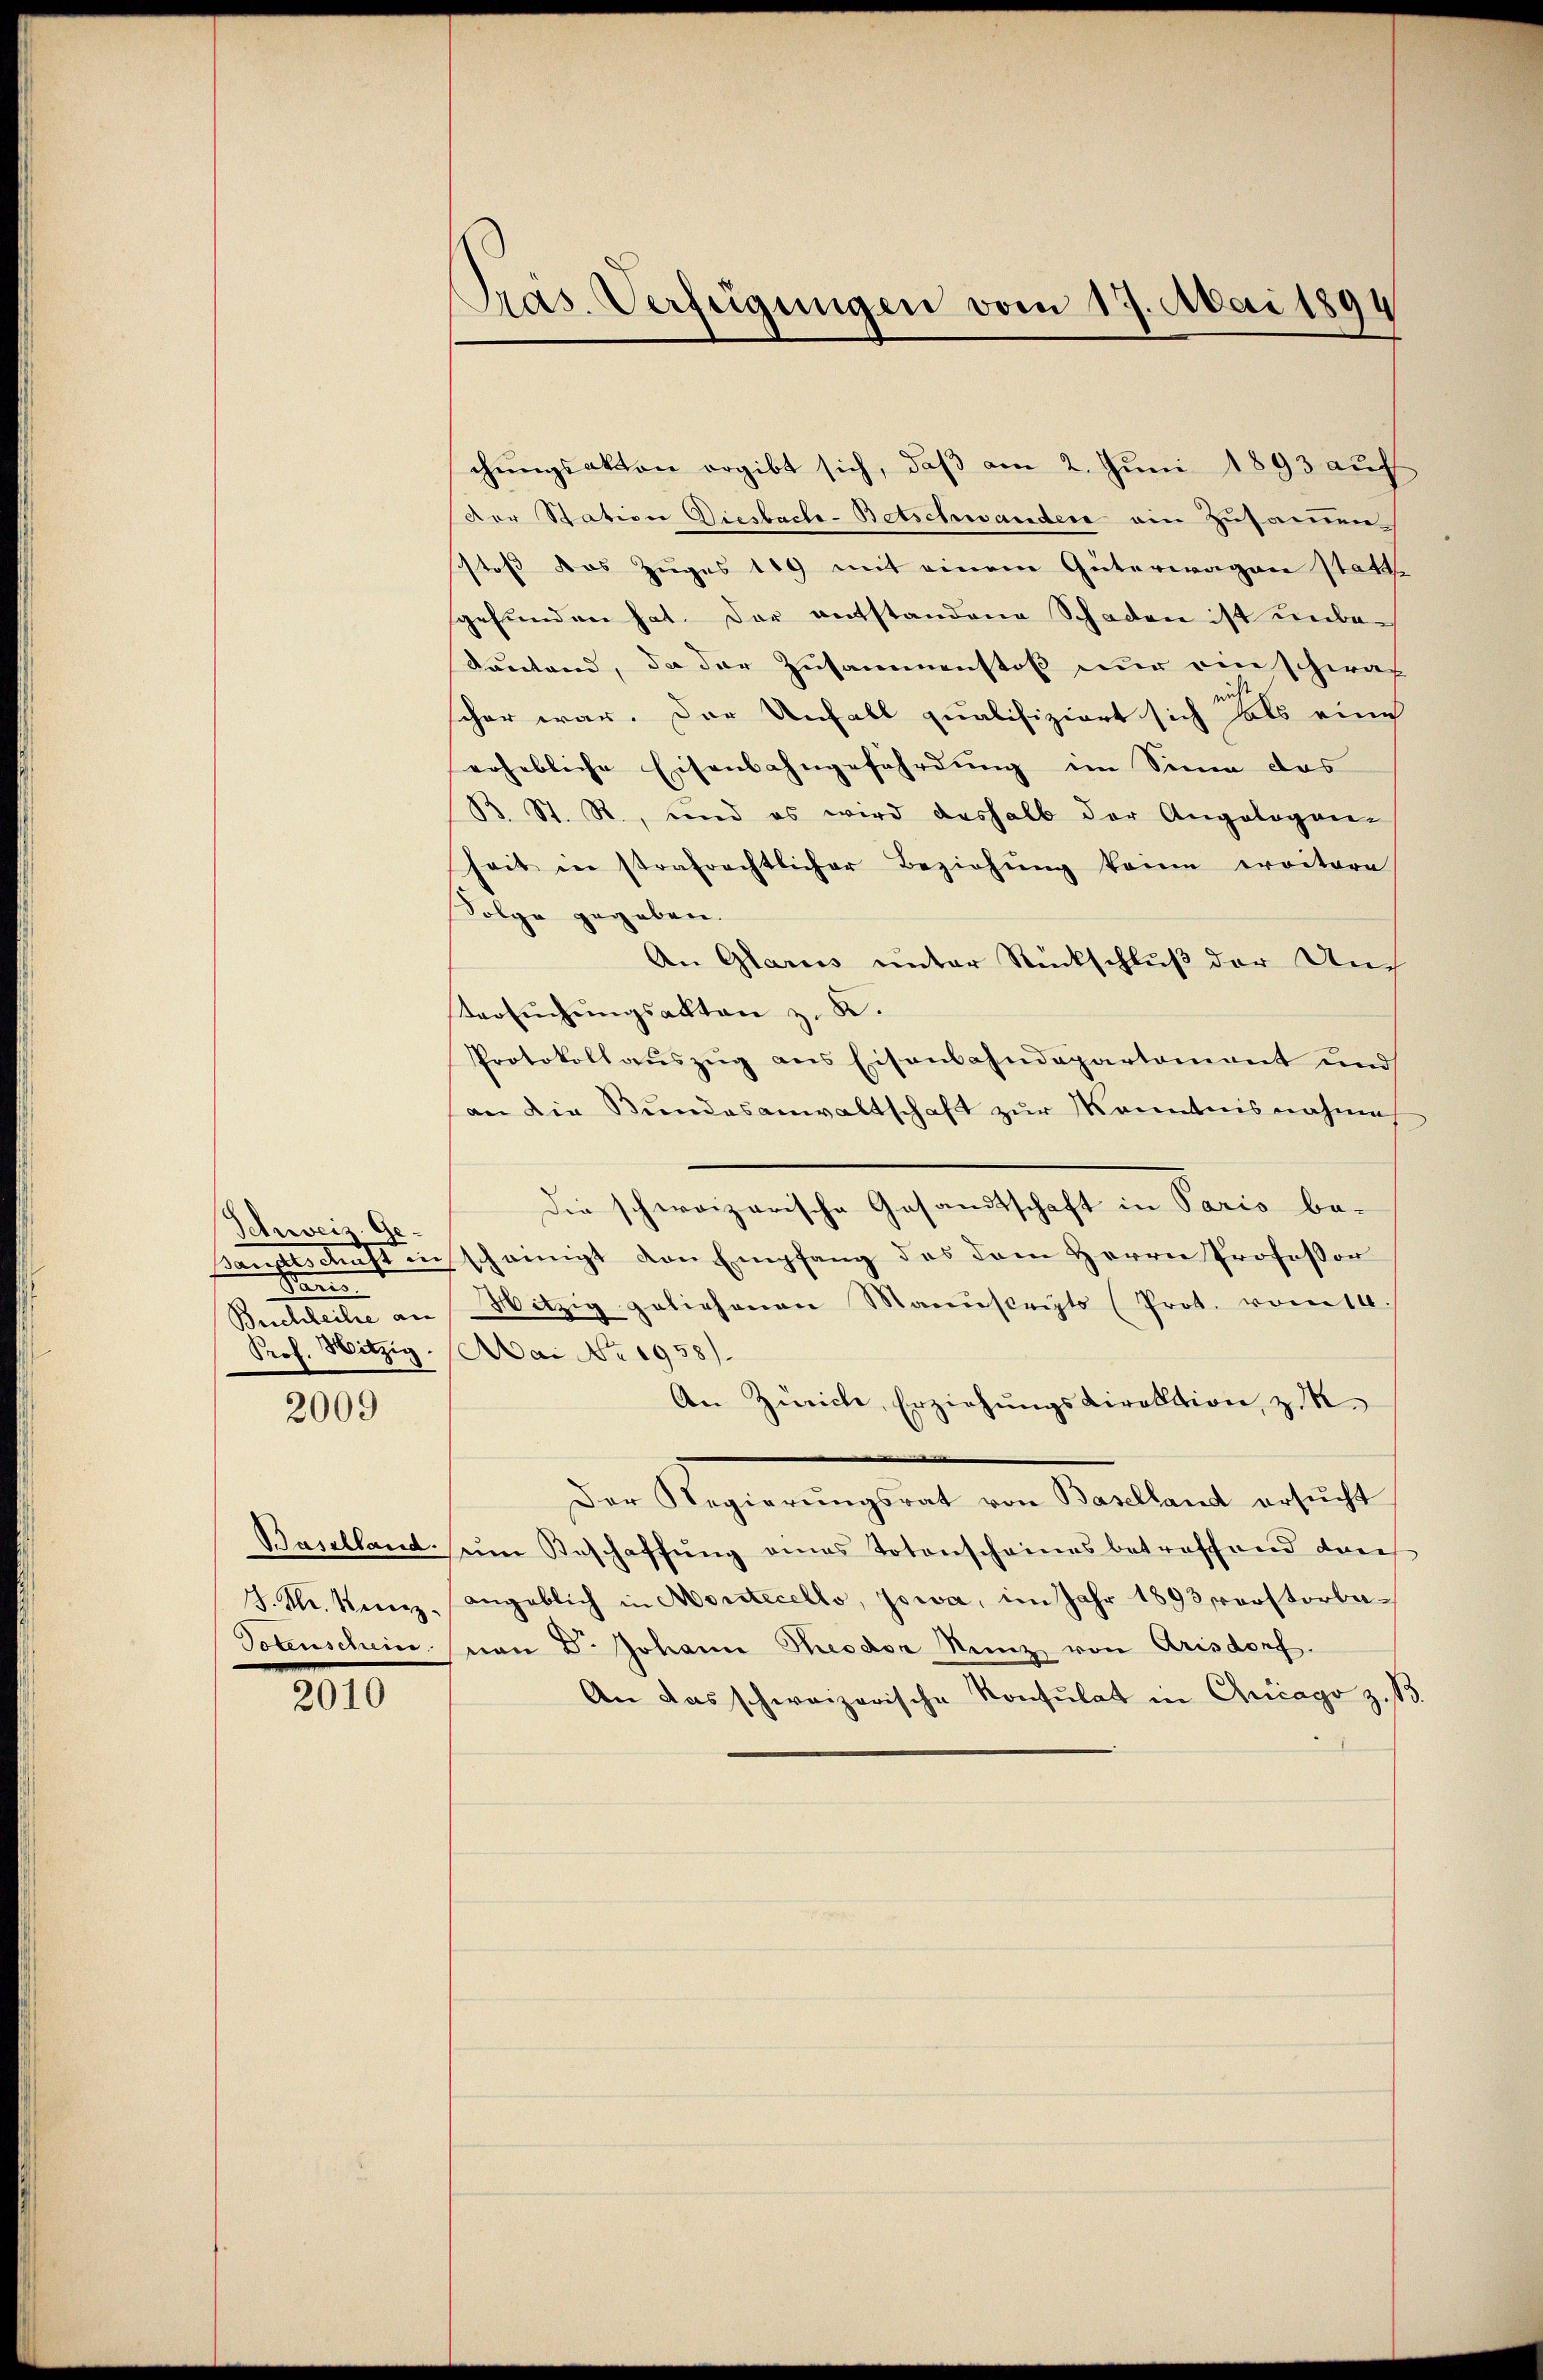
Schwei Ge-
Fen
Prof. Witzig.

2009

2010

chungsakten ergibt sich, daß am 2. Juni 1893 auf
Der Station Diesbache-Betschwandere am Zusammen
stoß das Zuges 119 mit einem Güterwagen statt
gefunden hat. Der entstandene Schaden ist unbekanton, da der Zusammenstoß nur einschwac
schon war. Der Unfall qualifiziert sich als eine
erhebliche Eisenbahngefährdung im Sinn das
B. St. R., und es wird deshalb der Angelegen-
heit in strafrechtlicher Beziehŭng keine erritore
Folge gegeben.
An Glarus unter Rückschluß der Auch
tersŭchŭngsakten z. B.
Protokollauszug aus Eisenbahndepartement und
an die Bundesanwaltschaft zur Kenntnisnahme
Die schweizerische Gesandtschaft in Paris be-
salschaft inscheinigt von Empfang des dem Herrn Professor
Buchleihe an Mitzig geliehenen Manuskripts (Prot. vom 14.
Mai No 1958).
An Zürich, Erziehŭngsdirektion, z.
Der Regierungsrat von Mattent entritt
Baselland ŭm Geschaffŭng eines Totenscheines betreffend dan
J. M. Kunz, angeblich in Montecello, Jowa, im Jahr 1893 erstorbe¬
Potenschein von Dr. Johann Theodor Kunz von Arisdorf.
An das schweizerische Konsulat in Chicago z. B

Pras. Verfügungen vom 17. Mai 1894